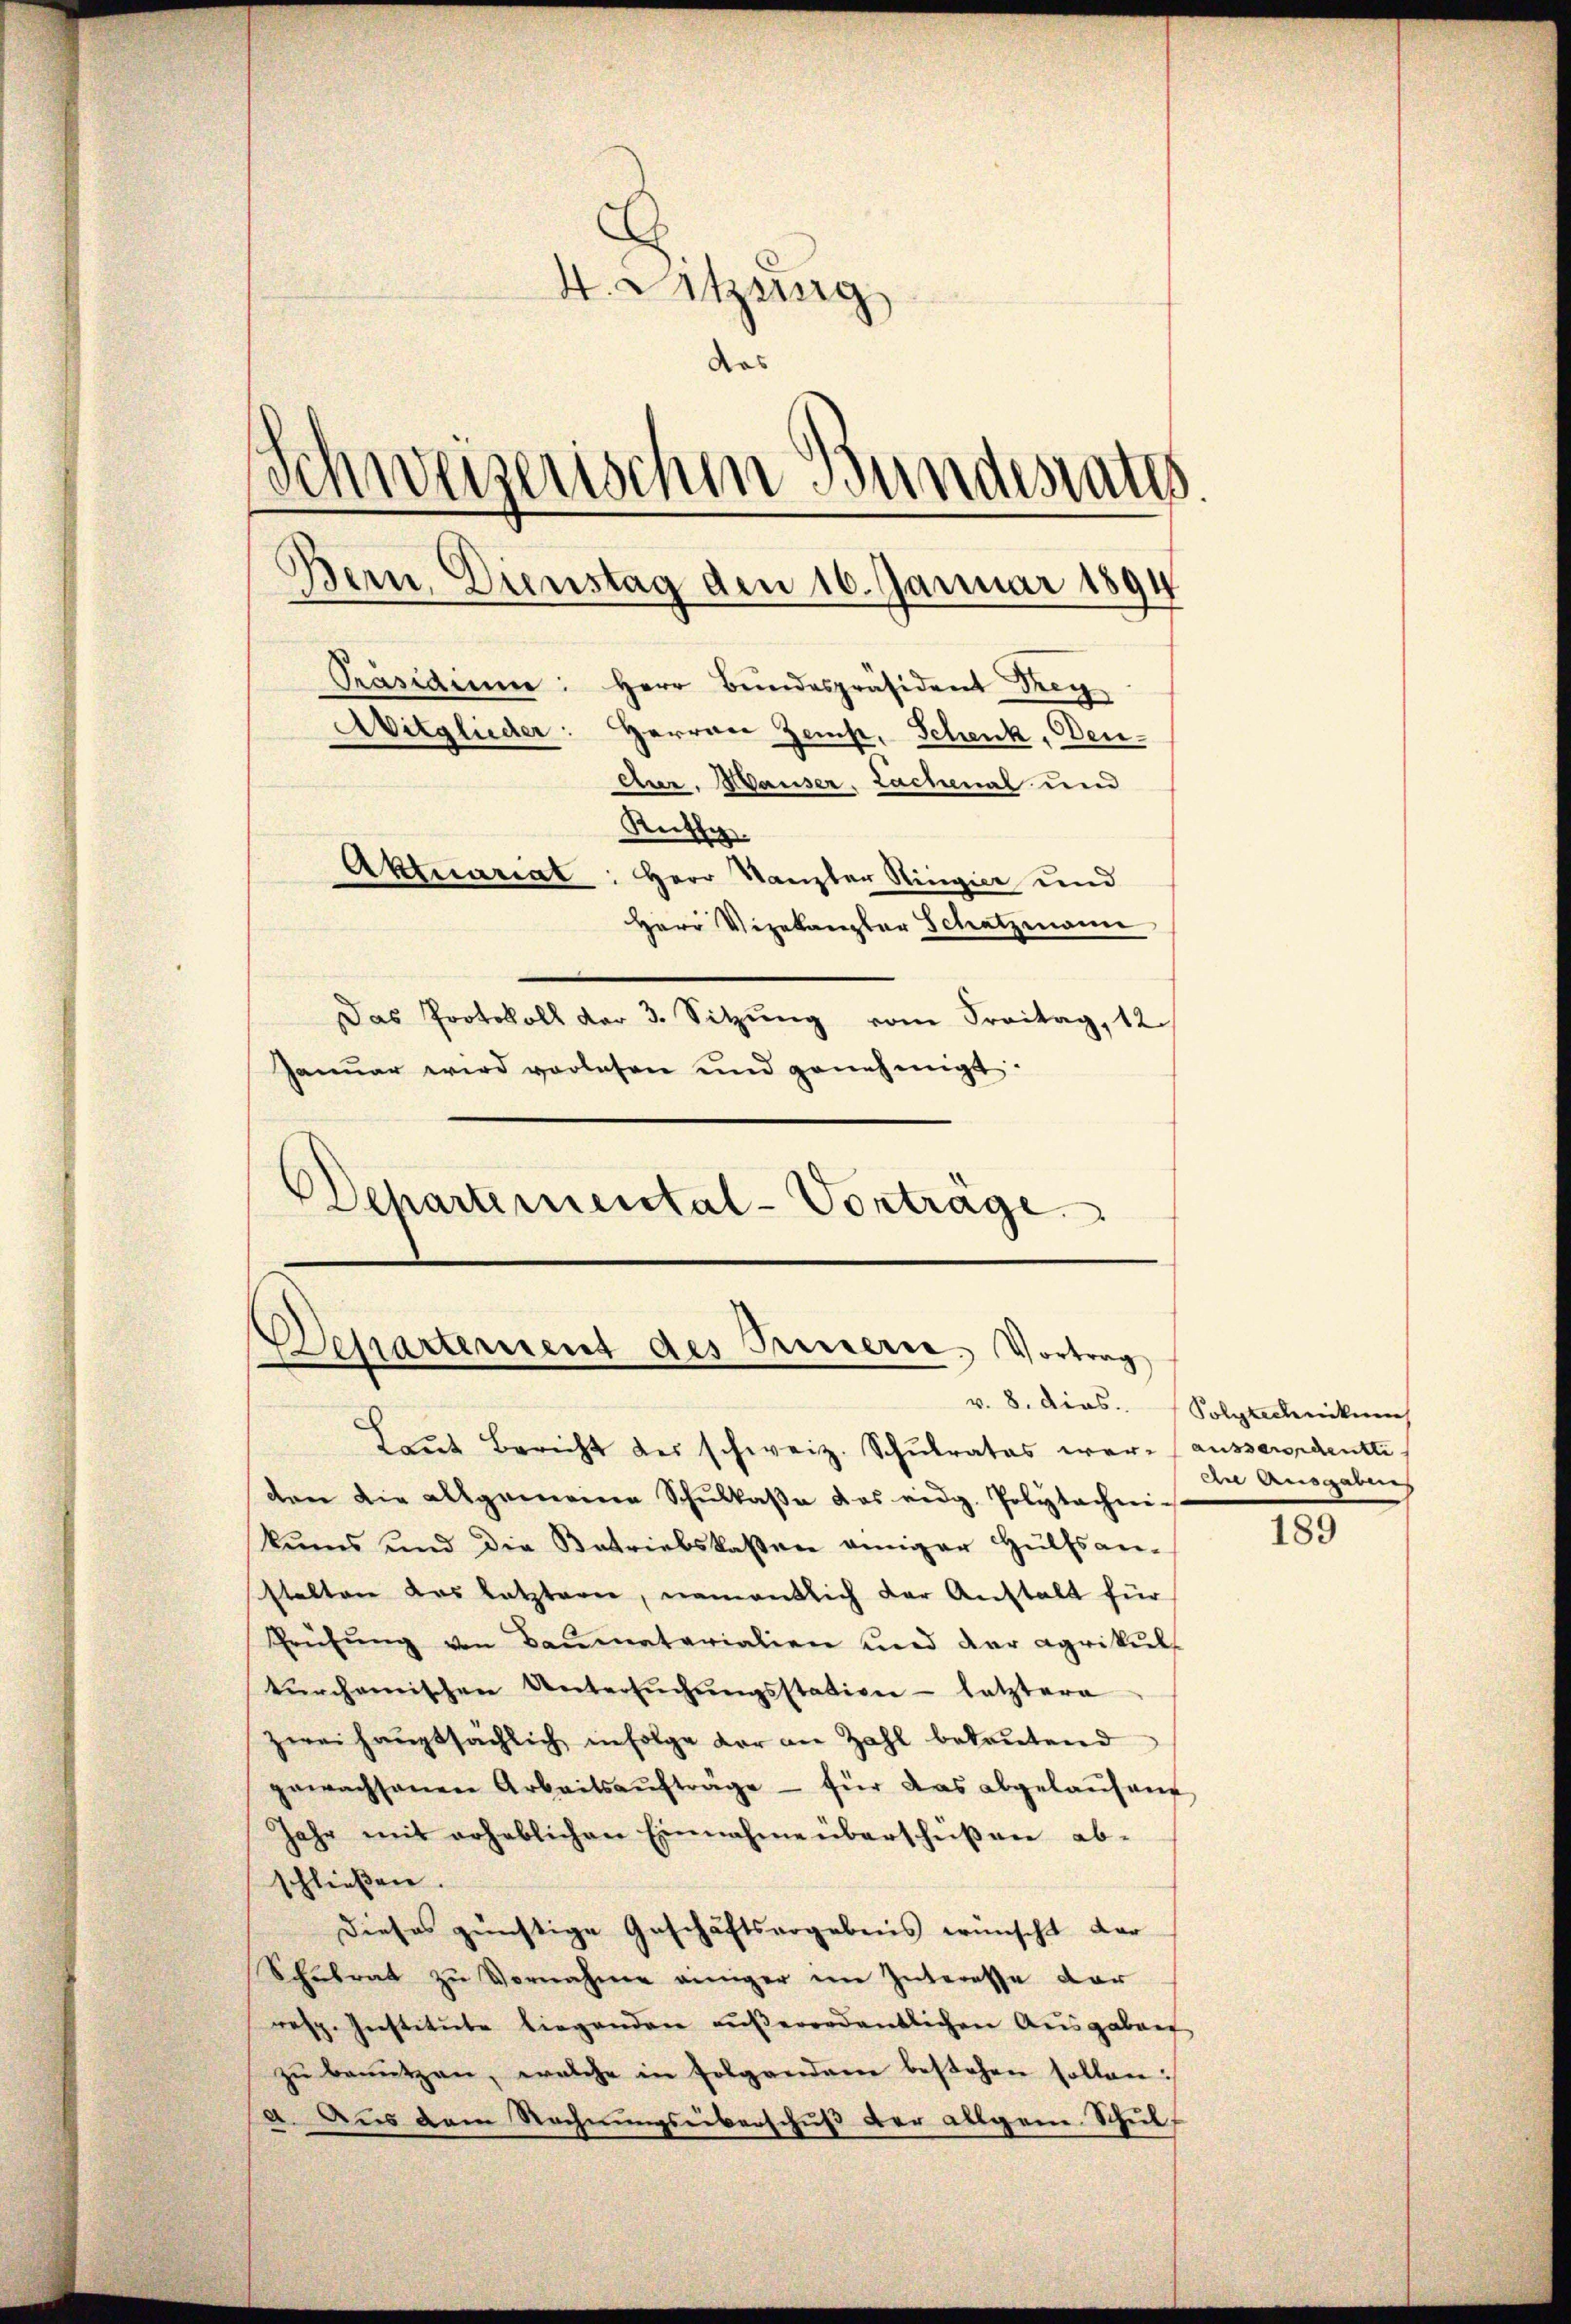
5
4. Sitzung
das
Schweizerischen Bundesrates.
Bern, Dienstag den 16. Januar 1894
Präsidium: Herr Bundespräsident Drey
Mitglieder: Herren Zeist, Schenk, Deu-
cur. Hauser, Lachmal und
Rutsc
Aktuariat: Herr Kanzler Ringier und
Herr Vizekanzler Schatzmann
Das Protokoll der 3. Sitzŭng vom Freitag, 12.
Januar wird vorlesen und genehmigt.
Departemental-Vortrage

Departement des Trinern. Vortrag

Laut Bericht der schweiz. Schulrates war (ausserordente
den die allgemeine Schŭlkaβe das eidg. Polytechneikums und die Betriebskassen einiger Hülfsan-
stalten das letztern, namentlich der Anstalt für
Prüfŭng von Baŭmatarialien und der agrikul-
tŭrchanischen Untersŭchŭngsstation - letztere
zwei hauptsächlich infolge der an Zahl bekrutend
gewachsanen Arbeitsaŭfträge für das abgelaŭfene
Jahr mit erheblichen Einnahme überschüßen ab-
schließen.
Dieses günstige Geschäftsergebens wünscht dar
Sculrat zu Vornahme einiger im Interesse dar
resp. Institute liegenden außerordentlichen Ausgaben
zŭ benützen, welche in Folgendame bestehen sollen:
a. Aus dem Rechnungsüberschuß der allgem. Schul¬

v. 8. dies. Solytechnikum
An Ausgabung

189